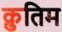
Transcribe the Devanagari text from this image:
क्रुतिम